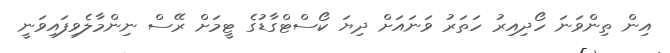
އިން ތިންވަނަ ހޯދިއިރު ހަތަރު ވަނައަށް ދިޔަ ކޯސްޓްގާޑުގެ ޓީމަށް ރޭސް ނިންމާލެވިފައިވަނީ